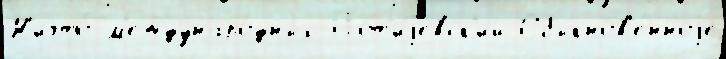
Н'ичто́ м'еждунаро́дных Пот'иjевск'ий Обыкнов'е́нноjе